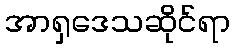
အာရှဒေသဆိုင်ရာ